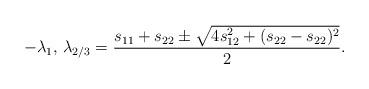
LaTeX: \begin{align*}-\lambda _1, \, \lambda _{2/3} = \frac{s_{11} + s_{22} \pm \sqrt{4s_{12 }^2 + (s_{22}-s_{22})^2}}{2}.\end{align*}